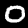
Digit: 0